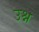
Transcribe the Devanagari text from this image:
उश्न